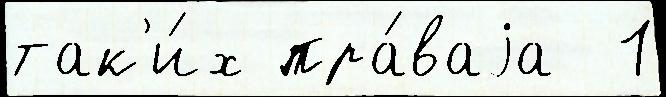
так'и́х пра́ваjа  1